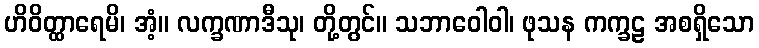
ဟိဝိတ္ထာရေမိ၊ အံ့။ လက္ခဏာဒီသု၊ တို့တွင်။ သဘာဝေါဝါ၊ ဖုသန ကက္ခဠ အစရှိသော